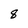
Character: 8